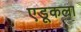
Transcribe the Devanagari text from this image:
एडूकला